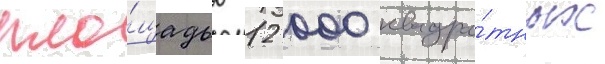
пло́щадью 12 000 квадра́тных